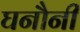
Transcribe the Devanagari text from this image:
घनौनी